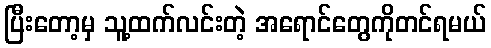
ပြီးတော့မှ သူ့ထက်လင်းတဲ့ အရောင်တွေကိုတင်ရမယ်